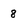
Character: 8